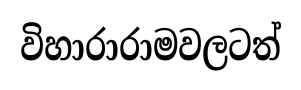
විහාරාරාමවලටත්